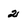
Character: 2